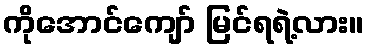
ကိုအောင်ကျော် မြင်ရရဲ့လား။